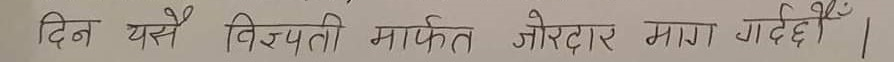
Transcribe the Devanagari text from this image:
दिन यसै विज्ञप्ती मार्फत जोरदार माग गर्दछौं ।